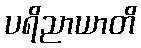
ပရိညာယာတိ